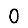
Digit: 0